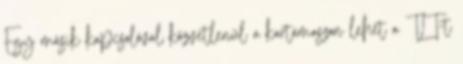
Egy másik kapcsolóval közvetlenül a kartámaszon lehet a TLT-t